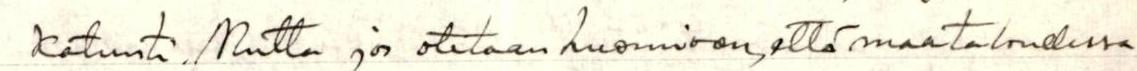
katunti. Mutta jos otetaan huomioon, että maataloudessa